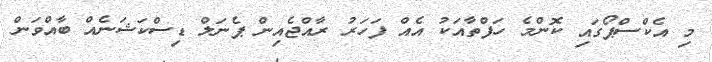
މި އެކްސްޕޯގައި ކޮންމެ ހަފްތާއަކު އެއް ފަހަރު ރާއްޖެއިން ޕެނަލް ޑިސްކަޝަނެއް ބާއްވަން